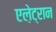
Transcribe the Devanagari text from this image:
एले़ट्रान